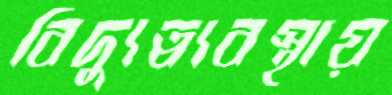
বিদ্যুত্ব্যবস্থায়